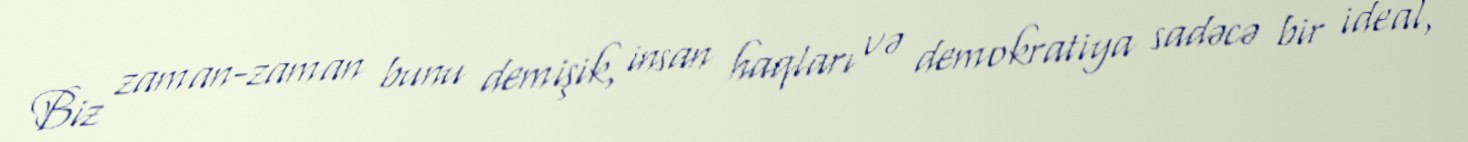
Biz zaman-zaman bunu demişik, insan haqları və demokratiya sadəcə bir ideal,